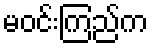
မဝင်းကြည်က